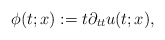
\begin{align*}\phi(t;x) := t\partial_{tt}u (t;x),\end{align*}